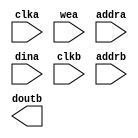
module sdpram_w144d16(
  clka,
  wea,
  addra,
  dina,
  clkb,
  addrb,
  doutb
);

input clka;
input [0 : 0] wea;
input [3 : 0] addra;
input [143 : 0] dina;
input clkb;
input [3 : 0] addrb;
output [143 : 0] doutb;

// synthesis translate_off

  BLK_MEM_GEN_V7_3 #(
    .C_ADDRA_WIDTH(4),
    .C_ADDRB_WIDTH(4),
    .C_ALGORITHM(1),
    .C_AXI_ID_WIDTH(4),
    .C_AXI_SLAVE_TYPE(0),
    .C_AXI_TYPE(1),
    .C_BYTE_SIZE(9),
    .C_COMMON_CLK(1),
    .C_DEFAULT_DATA("0"),
    .C_DISABLE_WARN_BHV_COLL(0),
    .C_DISABLE_WARN_BHV_RANGE(0),
    .C_ENABLE_32BIT_ADDRESS(0),
    .C_FAMILY("kintex7"),
    .C_HAS_AXI_ID(0),
    .C_HAS_ENA(0),
    .C_HAS_ENB(0),
    .C_HAS_INJECTERR(0),
    .C_HAS_MEM_OUTPUT_REGS_A(0),
    .C_HAS_MEM_OUTPUT_REGS_B(1),
    .C_HAS_MUX_OUTPUT_REGS_A(0),
    .C_HAS_MUX_OUTPUT_REGS_B(0),
    .C_HAS_REGCEA(0),
    .C_HAS_REGCEB(0),
    .C_HAS_RSTA(0),
    .C_HAS_RSTB(0),
    .C_HAS_SOFTECC_INPUT_REGS_A(0),
    .C_HAS_SOFTECC_OUTPUT_REGS_B(0),
    .C_INIT_FILE("BlankString"),
    .C_INIT_FILE_NAME("no_coe_file_loaded"),
    .C_INITA_VAL("0"),
    .C_INITB_VAL("0"),
    .C_INTERFACE_TYPE(0),
    .C_LOAD_INIT_FILE(0),
    .C_MEM_TYPE(1),
    .C_MUX_PIPELINE_STAGES(0),
    .C_PRIM_TYPE(1),
    .C_READ_DEPTH_A(16),
    .C_READ_DEPTH_B(16),
    .C_READ_WIDTH_A(144),
    .C_READ_WIDTH_B(144),
    .C_RST_PRIORITY_A("CE"),
    .C_RST_PRIORITY_B("CE"),
    .C_RST_TYPE("SYNC"),
    .C_RSTRAM_A(0),
    .C_RSTRAM_B(0),
    .C_SIM_COLLISION_CHECK("ALL"),
    .C_USE_BRAM_BLOCK(0),
    .C_USE_BYTE_WEA(0),
    .C_USE_BYTE_WEB(0),
    .C_USE_DEFAULT_DATA(0),
    .C_USE_ECC(0),
    .C_USE_SOFTECC(0),
    .C_WEA_WIDTH(1),
    .C_WEB_WIDTH(1),
    .C_WRITE_DEPTH_A(16),
    .C_WRITE_DEPTH_B(16),
    .C_WRITE_MODE_A("READ_FIRST"),
    .C_WRITE_MODE_B("READ_FIRST"),
    .C_WRITE_WIDTH_A(144),
    .C_WRITE_WIDTH_B(144),
    .C_XDEVICEFAMILY("kintex7")
  )
  inst (
    .CLKA(clka),
    .WEA(wea),
    .ADDRA(addra),
    .DINA(dina),
    .CLKB(clkb),
    .ADDRB(addrb),
    .DOUTB(doutb),
    .RSTA(),
    .ENA(),
    .REGCEA(),
    .DOUTA(),
    .RSTB(),
    .ENB(),
    .REGCEB(),
    .WEB(),
    .DINB(),
    .INJECTSBITERR(),
    .INJECTDBITERR(),
    .SBITERR(),
    .DBITERR(),
    .RDADDRECC(),
    .S_ACLK(),
    .S_ARESETN(),
    .S_AXI_AWID(),
    .S_AXI_AWADDR(),
    .S_AXI_AWLEN(),
    .S_AXI_AWSIZE(),
    .S_AXI_AWBURST(),
    .S_AXI_AWVALID(),
    .S_AXI_AWREADY(),
    .S_AXI_WDATA(),
    .S_AXI_WSTRB(),
    .S_AXI_WLAST(),
    .S_AXI_WVALID(),
    .S_AXI_WREADY(),
    .S_AXI_BID(),
    .S_AXI_BRESP(),
    .S_AXI_BVALID(),
    .S_AXI_BREADY(),
    .S_AXI_ARID(),
    .S_AXI_ARADDR(),
    .S_AXI_ARLEN(),
    .S_AXI_ARSIZE(),
    .S_AXI_ARBURST(),
    .S_AXI_ARVALID(),
    .S_AXI_ARREADY(),
    .S_AXI_RID(),
    .S_AXI_RDATA(),
    .S_AXI_RRESP(),
    .S_AXI_RLAST(),
    .S_AXI_RVALID(),
    .S_AXI_RREADY(),
    .S_AXI_INJECTSBITERR(),
    .S_AXI_INJECTDBITERR(),
    .S_AXI_SBITERR(),
    .S_AXI_DBITERR(),
    .S_AXI_RDADDRECC()
  );

// synthesis translate_on

endmodule